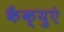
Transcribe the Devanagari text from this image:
कैंक्युएं